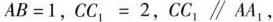
AB=1，CC_{1}=2，CC_{1}/AA_{1}，